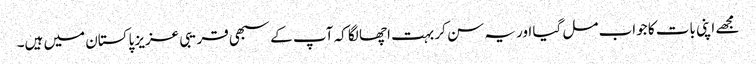
مجھے اپنی بات کا جواب مل گیا اور یہ سن کر بہت اچھا لگا کہ آپ کے سبھی قریبی عزیز پاکستان میں ہیں۔